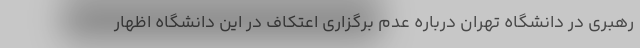
رهبری در دانشگاه تهران درباره ‌عدم برگزاری اعتکاف در این دانشگاه اظهار